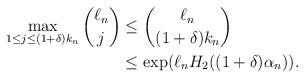
LaTeX: \begin{align*}\max_{ 1 \leq j \leq (1+\delta) k_n} \binom{\ell_n}{j} &\leq \binom{\ell_n}{(1+\delta) k_n} \\&\leq \exp(\ell_n H_2((1+\delta) \alpha_n)).\end{align*}